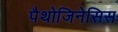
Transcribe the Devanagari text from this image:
पैथोजिनेसिस